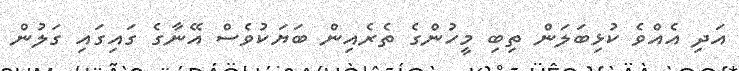
އަދި އެއްވެ ކުޅިބަލަން ތިބި މީހުންގެ ތެރެއިން ބަޔަކުވެސް އޭނާގެ ގައިގައި ގަލުން